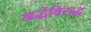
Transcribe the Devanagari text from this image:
श्रद्धेविरुद्ध